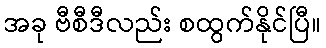
အခု ဗီစီဒီလည်း စထွက်နိုင်ပြီ။